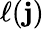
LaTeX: \ell(\mathbf{j})